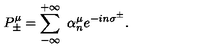
P _ { \pm } ^ { \mu } = \sum _ { - \infty } ^ { + \infty } \ \alpha _ { n } ^ { \mu } e ^ { - i n \sigma ^ { \pm } } .